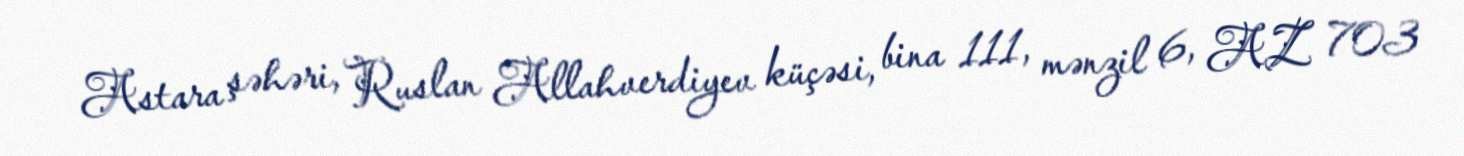
Astara şəhəri, Ruslan Allahverdiyev küçəsi, bina 111, mənzil 6, AZ 703